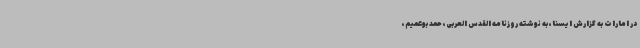
در امارات به گزارش ایسنا، به نوشته روزنامه القدس العربی، حمد بوعمیم،